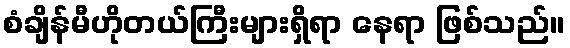
စံချိန်မီဟိုတယ်ကြီးများရှိရာ နေရာ ဖြစ်သည်။